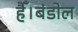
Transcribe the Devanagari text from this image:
हैँ।बंडोल